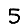
Digit: 5